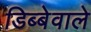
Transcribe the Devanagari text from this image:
डिब्बेवाले